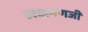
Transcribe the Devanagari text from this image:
लक्षमणजी